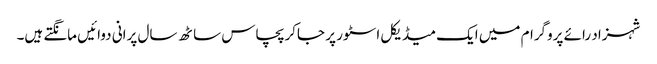
شہزاد رائے پروگرام میں ایک میڈیکل اسٹور پر جاکر پچاس ساٹھ سال پرانی دوائیں مانگتے ہیں۔